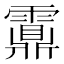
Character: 𩆆